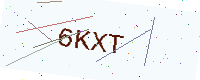
Text: 6KXT